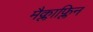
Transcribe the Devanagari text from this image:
मैक्लाफ्लिन